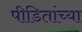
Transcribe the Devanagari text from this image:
पीडितांच्या